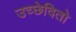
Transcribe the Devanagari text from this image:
उच्छेदितो